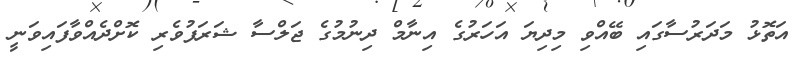
އަތޮޅު މަދަރުސާގައި ބޭއްވި މިދިޔަ އަހަރުގެ އިނާމް ދިނުމުގެ ޖަލްސާ ޝަރަފުވެރި ކޮށްދެއްވާފައިވަނީ